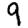
Digit: 9